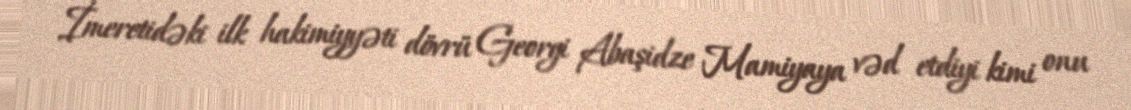
İmeretidəki ilk hakimiyyəti dövrü Georgi Abaşidze Mamiyaya vəd etdiyi kimi onu